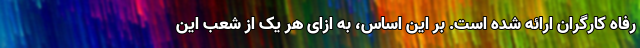
رفاه کارگران ارائه شده است. بر این اساس، به ازای هر یک از شعب این